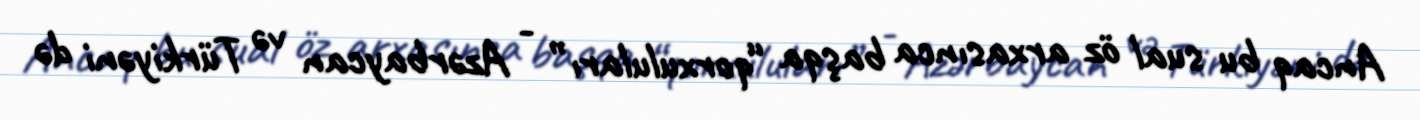
Ancaq bu sual öz arxasınca başqa “qorxuluları” - Azərbaycan və Türkiyəni də